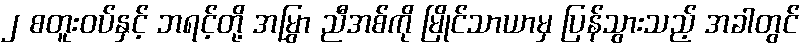
၂ စတူးဝပ်နှင့် ဘရင့်တို့ အမြွှာ ညီအစ်ကို မြိုင်သာယာမှ ပြန်သွားသည့် အခါတွင်